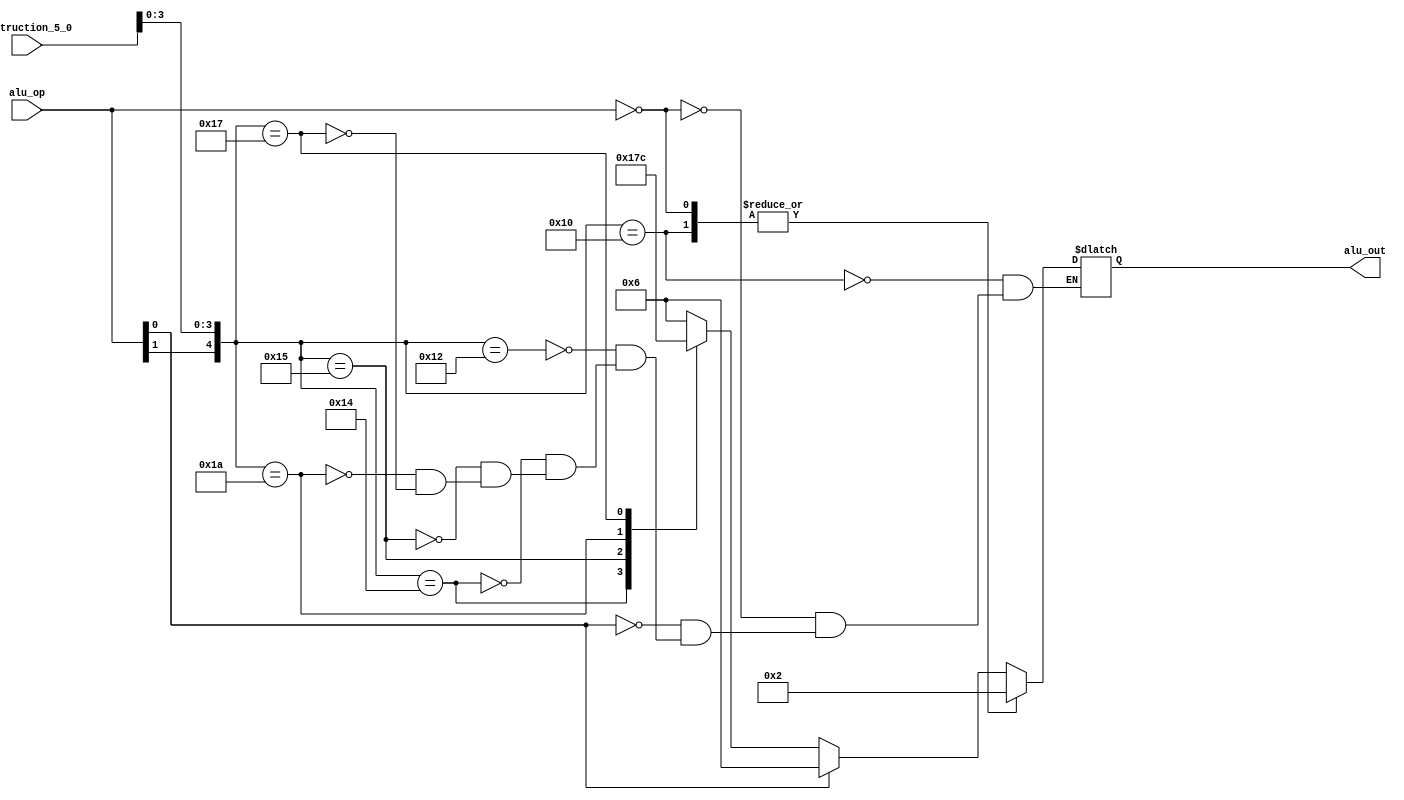
//=========================================================================
// Name & Email must be EXACTLY as in Gradescope roster!
// Name: Christopher Arellano
// 
// Assignment name: Lab 03
// Lab section: 021
// TA: Quan Fan
// 
// I hereby certify that I have not received assistance on this assignment,
// or used code, from ANY outside source other than the instruction team
// (apart from what was provided in the starter file).
//
//=========================================================================

module aluControlUnit (
    input  wire [1:0] alu_op, 
    input  wire [5:0] instruction_5_0, 
    output wire [3:0] alu_out
    );

// ------------------------------
// Insert your solution below
// ------------------------------

reg [3:0] alu_result;

always @ (alu_op, instruction_5_0) begin
    casex ({alu_op, instruction_5_0})
        8'b1xxx0000: alu_result = 4'b0010;
        8'b00xxxxxx: alu_result = 4'b0010;
        8'bx1xxxxxx: alu_result = 4'b0110;
        8'b1xxx0010: alu_result = 4'b0110;
        8'b1xxx0100: alu_result = 4'b0000;
        8'b1xxx0101: alu_result = 4'b0001;
        8'b1xxx1010: alu_result = 4'b0111;
        8'b1xxx0111: alu_result = 4'b1100;
    endcase
end

assign alu_out = alu_result; 
endmodule